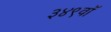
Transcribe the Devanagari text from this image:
३४९वॉ